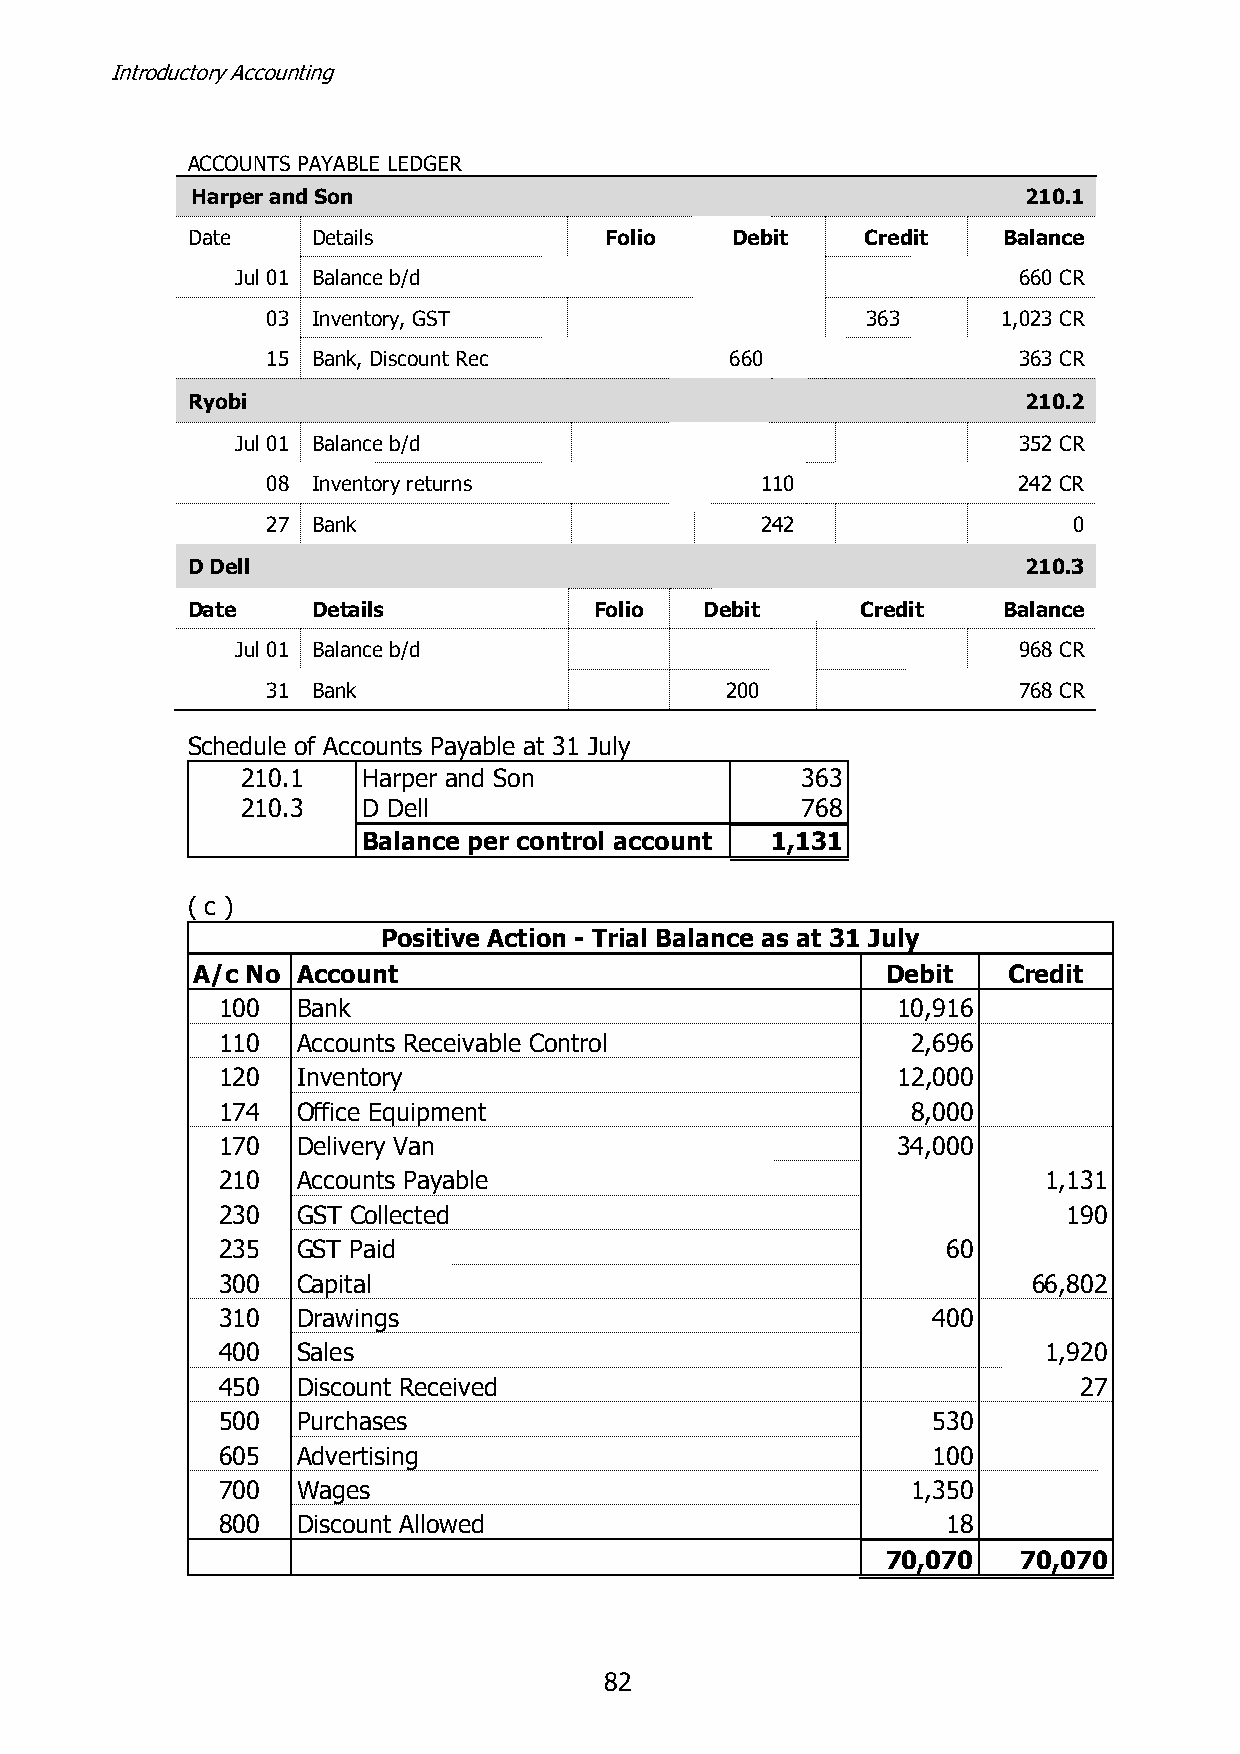
Introductory Accounting
 ACCOUNTS PAYABLE LEDGER
 Harper and Son                                         210.1
 Date     Details            Folio   Debit    Credit   Balance
 Jul 01 Balance b/d                                 660 CR
 03 Inventory, GST                      363      1,023 CR
 15 Bank, Discount Rec         660                363 CR
 Ryobi                                                   210.2
 Jul 01 Balance b/d                                 352 CR
 08 Inventory returns            110              242 CR
 27 Bank                         242                  0
 D Dell                                                  210.3
 Date     Details           Folio   Debit     Credit   Balance
 Jul 01 Balance b/d                                 968 CR
 31 Bank                       200                768 CR
 Schedule of Accounts Payable at 31 July
 210.1   Harper and Son               363
 210.3   D Dell                       768
 Balance per control account 1,131
 ( c )
 Positive Action - Trial Balance as at 31 July
 A/c No Account                                Debit   Credit
 100   Bank                                   10,916
 110   Accounts Receivable Control             2,696
 120   Inventory                              12,000
 174   Office Equipment                        8,000
 170   Delivery Van                           34,000
 210   Accounts Payable                                 1,131
 230   GST Collected                                      190
 235   GST Paid                                   60
 300   Capital                                         66,802
 310   Drawings                                  400
 400   Sales                                            1,920
 450   Discount Received                                   27
 500   Purchases                                 530
 605   Advertising                               100
 700   Wages                                   1,350
 800   Discount Allowed                           18
 70,070   70,070
 82